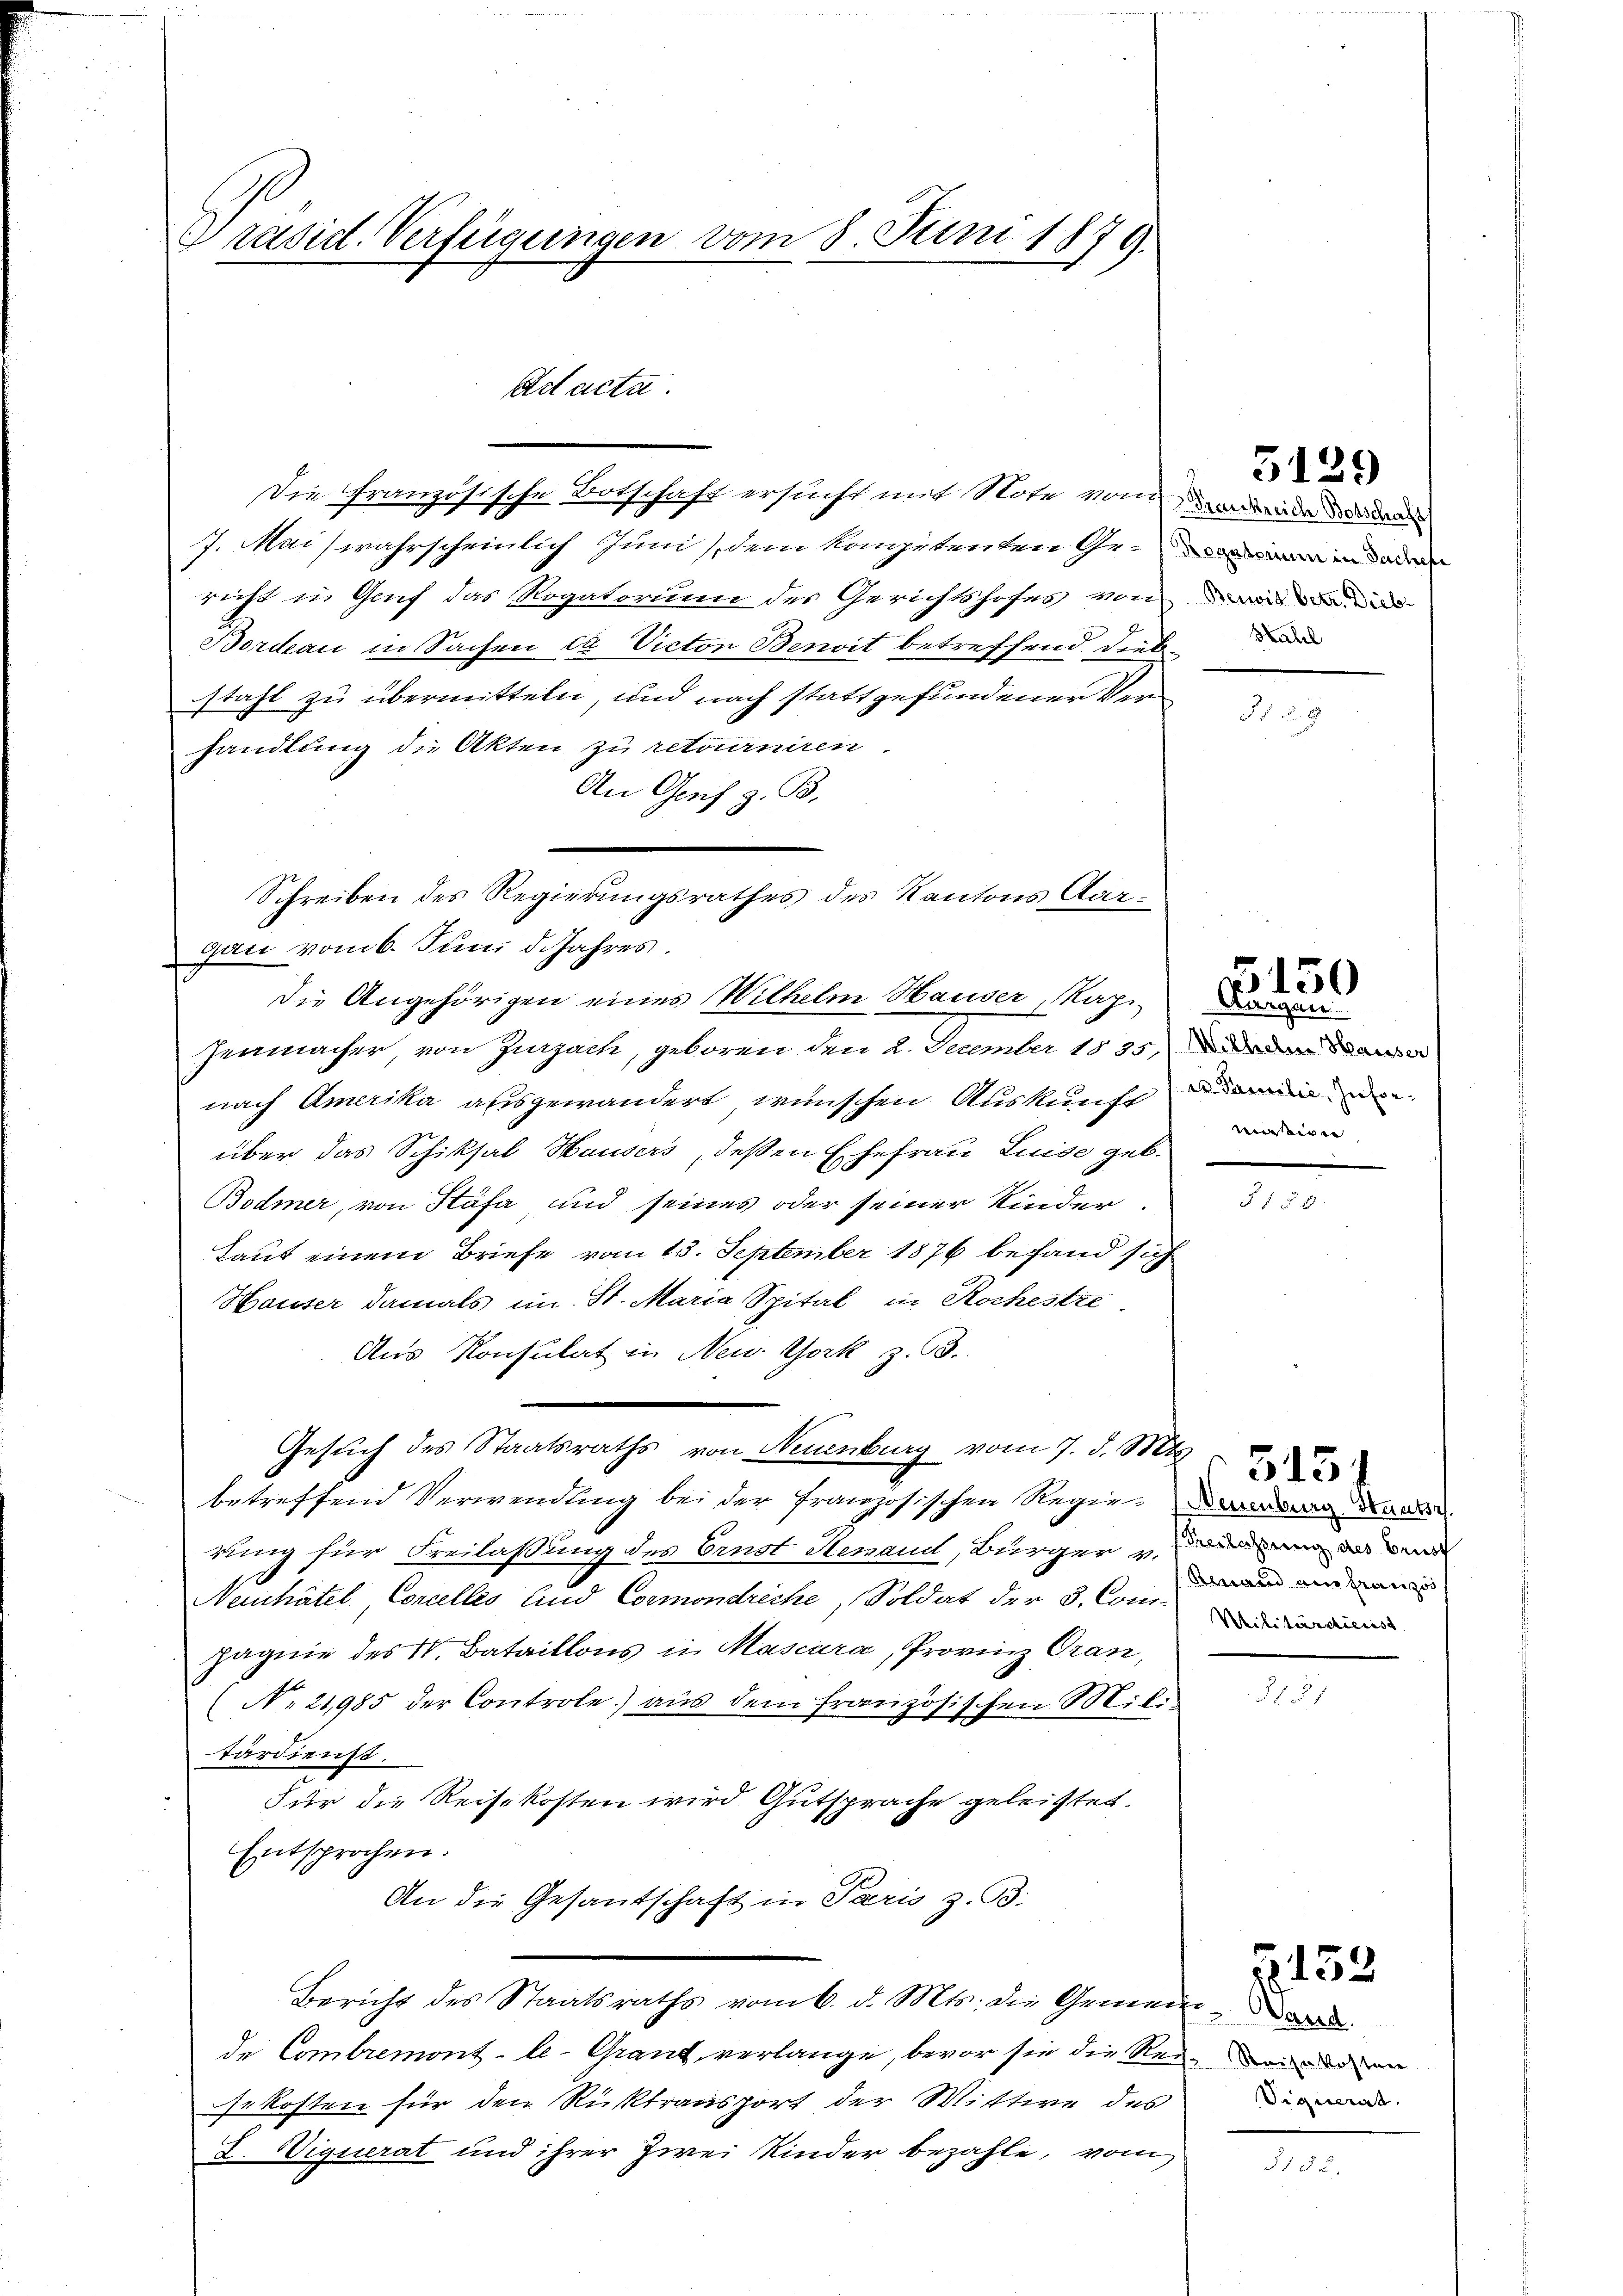
Präsid. Verfügungen vom 8. Juni 1879.

Schreiben des Regierungsrathes des Kantons Aargau vom 6. Juni d. Jahres.
die Angehörigen eines Wilhelm Hauser Magi
Jenmacher, von Zurzach, geboren den 2. December 1845,

Aad acta

Die Französische Botschaft ersucht mit Note von wird dem
7. Mai wahrscheinlich Juni, dem kompetenten Ge¬ in
richt u. Genf das Rogatorium des Gerichtshofes von in d

Bordeau in Sachen des Victon Benoit betreffend diese
stahl zu übermitteln, und nach stattgefundener Verhandlung die Akten zu retourniren
An Grif z. B.
nach Amerika ausgewandert wünschen Auskunft
über das Schiksal Hausers, deßen Ehefrau Luise geb.
Bodmer, von Stäfa und seines oder seiner Kinder.
Laut einem Briefe vom 13. September 1876 befand sich
Hauser damals im St. Maria Spital in Rochestre
Aus Konsulat in New York z. B.
Gesuch des Staatsraths von Neuenburg vom 7. d. Mt
betreffend Verwendung bei der französischen Regierenden da
rung für Freilassung des Ernst Hemand, Bürger u. das
Neihätel, Concelles und Cormondreche, Soldat der 3. Com-
pagnie des 1. Bataillons in Mascara, Provinz Gran,
No 21985 der Controle) aus dem französischen Mitfärdienst.
Für die Reisekosten wird Gutsprache geleistet.
Entsprochen.
An die Gesantschaft in Paris z. B.
Bericht des Staatsraths vom 6. d. Mts. die Gemei
de Comtremont le Granz verlange, bevor sie die Re
sekosten für den Rücktransport der Wittwe des
I. Viquerat und ihrer Zwei Kinder bezahle, vom

5129

s

550

Morgen
c. Familie, Informißion

Renain ein Französ

St

Z. 153.

Er Bund
/2 Reisekosten
Signat